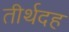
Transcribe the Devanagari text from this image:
तीर्थदह